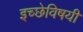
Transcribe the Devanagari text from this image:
इच्छेविषयी